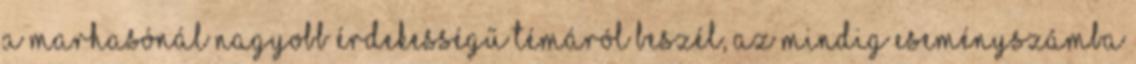
a marhasónál nagyobb érdekességű témáról beszél, az mindig eseményszámba